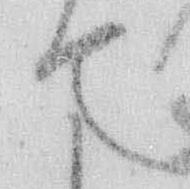
て